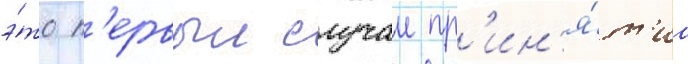
э́то п'ервыи случаи пр'ин'я́т'иа